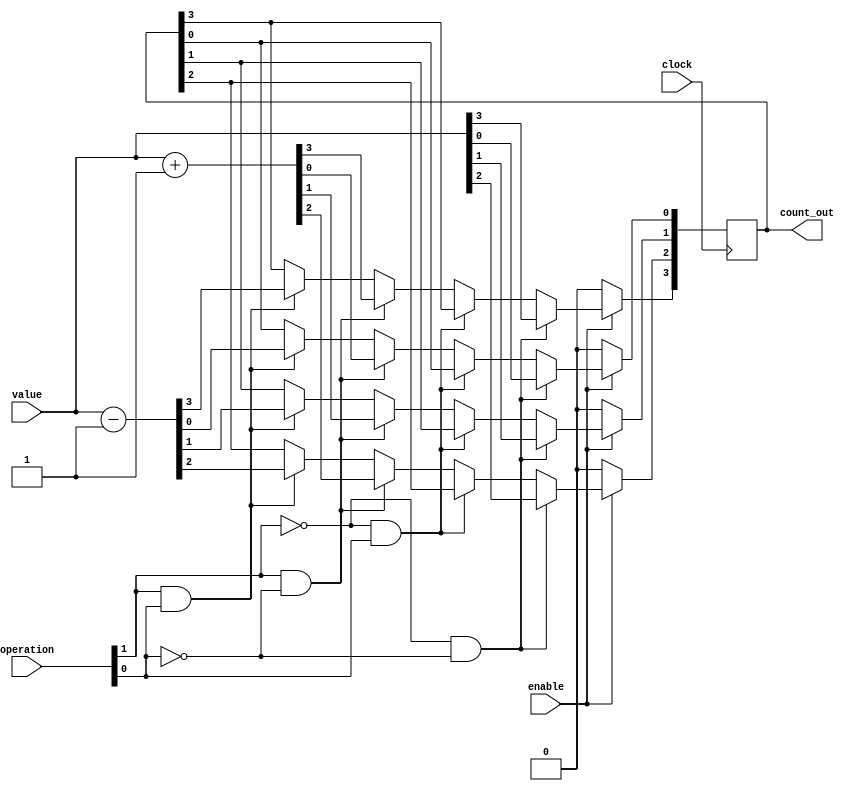
module Counter(count_out, value,operation,clock,enable);
	input clock,enable;
	output [3:0] count_out;
	input [1:0] operation;
	input [3:0] value;
	
	reg [3:0] count;
	
	always @(posedge clock)
		begin
			if(enable==1'b0)
			begin
				count[3] <= 1'b0;
				count[2] <= 1'b0;
				count[1] <= 1'b0;
				count[0] <= 1'b0;
			end
			else
				begin
					if(operation[1]==1'b0 && operation[0]==1'b0)
						begin
							count<=value;
						end
					else if(operation[1]==1'b0 && operation[0]==1'b1)
						begin
							count<=count_out;
						end
					else if(operation[1]==1'b1 && operation[0]==1'b0)
						begin
							count<=value+4'b0001;
						end
					else if(operation[1]==1'b1 && operation[0]==1'b1)
						begin
							count <= value- 4'b0001;
						end
				end
		end
	assign count_out=count;
endmodule

module Test_Counter;
	reg clock;
	reg enable;
	reg s0,s1;
	wire [1:0] out;
	wire [3:0] count;
	reg [3:0] value;
	
	
	initial 
		clock =  1'b0;
		
	always
		#5 clock = ~clock;
	
	initial
		#1000 $finish;
		
	mux4_to_1 m1(out,2'b00,2'b01,2'b10,2'b11,s1,s0);
	Counter c1(count,value,out,clock,enable);
		
	initial
		begin
			#5 enable=1'b0; s0=1'b0; s1=1'b1; value[3]=1'b1; value[2]=1'b0; value[1]=1'b0; value[0]=1'b1; 
			#15 $display("enable=%b, s0=%b s1=%b, Input : %b %b %b %b, Output : %b %b %b %b",enable,s0,s1,value[3],value[2],value[1],value[0],count[3],count[2],count[1],count[0]);
			
			#5 enable=1'b1; s0=1'b0; s1=1'b0; value[3]=1'b1; value[2]=1'b0; value[1]=1'b0; value[0]=1'b1; 
			#15 $display("enable=%b, s0=%b s1=%b, Input : %b %b %b %b, Output : %b %b %b %b",enable,s0,s1,value[3],value[2],value[1],value[0],count[3],count[2],count[1],count[0]);
			
			#5 enable=1'b1; s0=1'b1; s1=1'b0; value[3]=1'b1; value[2]=1'b0; value[1]=1'b0; value[0]=1'b1; 
			#15 $display("enable=%b, s0=%b s1=%b, Input : %b %b %b %b, Output : %b %b %b %b",enable,s0,s1,value[3],value[2],value[1],value[0],count[3],count[2],count[1],count[0]);
			
			#5 enable=1'b1; s0=1'b0; s1=1'b1; value[3]=1'b1; value[2]=1'b0; value[1]=1'b0; value[0]=1'b1; 
			#15 $display("enable=%b, s0=%b s1=%b, Input : %b %b %b %b, Output : %b %b %b %b",enable,s0,s1,value[3],value[2],value[1],value[0],count[3],count[2],count[1],count[0]);
			
			#5 enable=1'b1; s0=1'b1; s1=1'b1; value[3]=1'b1; value[2]=1'b0; value[1]=1'b0; value[0]=1'b1; 
			#15 $display("enable=%b, s0=%b s1=%b, Input : %b %b %b %b, Output : %b %b %b %b",enable,s0,s1,value[3],value[2],value[1],value[0],count[3],count[2],count[1],count[0]);
		end
endmodule



module mux4_to_1 (out, i0, i1, i2, i3, s1, s0);
	
	// Port declarations from the I/O diagram
	output [1:0] out;
	input [1:0] i0, i1, i2, i3;
	input s1, s0;

	reg [1:0] tempout;
	
	always @(s0,s1,i0,i1,i2,i3)
	begin	
	if (s1==1'b0 && s0==1'b0)
		tempout = i0; 
	else if (s1==1'b0 && s0==1'b1)
		tempout = i1;
	else if (s1==1'b1 && s0==1'b0)
		tempout = i2;
	else
		tempout = i3;

	end	
	
	assign out=tempout;
	
endmodule